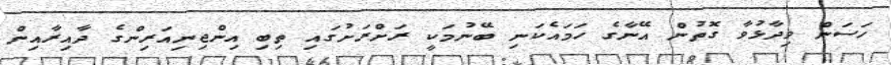
ހަސަން ވިދާޅުވާ ގޮތުން އޭނާގެ ހަމައެކަނި ބޭނުމަކީ ރަށްރަށުގައި ތިބި އިންޖިނިއަރިންގެ ދާއިރާއިން